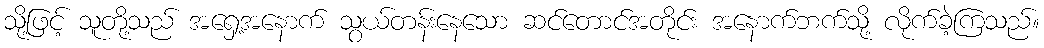
သို့ဖြင့် သူတို့သည် အရှေ့အနောက် သွယ်တန်းနေသော ဆင်တောင်အတိုင်း အနောက်ဘက်သို့ လိုက်ခဲ့ကြသည်။